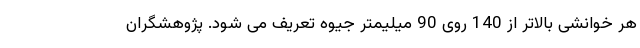
هر خوانشی بالاتر از 140 روی 90 میلیمتر جیوه تعریف می شود. پژوهشگران